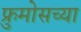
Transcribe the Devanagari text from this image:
फ्रुमोसच्या